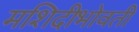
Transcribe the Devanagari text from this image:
मशिदीभोवती